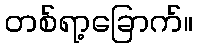
တစ်ရာ့ခြောက်။